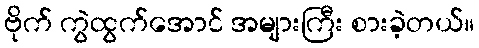
ဗိုက် ကွဲထွက်အောင် အများကြီး စားခဲ့တယ်။